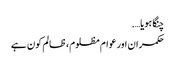
چنگا ہویا….
حکمران اور عوام مظلوم، ظالم کون ہے